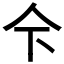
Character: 𱎜